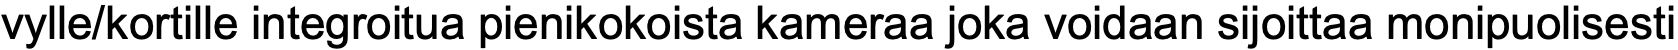
vylle/kortille integroitua pienikokoista kameraa joka voidaan sijoittaa monipuolisesti